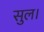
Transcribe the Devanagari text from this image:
सुल।